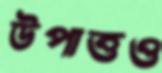
উপাত্তও